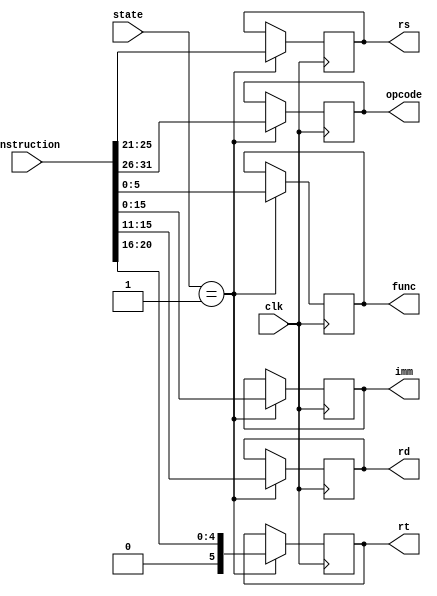
`timescale 1ns / 1ps

// Define states for the decode module
`define DECODE_STATE_INSTRUCTION_FETCH 0
`define DECODE_STATE_INSTRUCTION_DECODE 1
`define DECODE_STATE_REGISTER_FETCH 2
`define DECODE_STATE_EXECUTE 3
`define DECODE_STATE_MEMORY_ACCESS 4
`define DECODE_STATE_WRITE_BACK 5
`define DECODE_STATE_OUTPUT_RESULT 6

module decode(
    input clk,                // Clock signal
    input [2:0] state,        // Current state of the module
    input [31:0] instruction, // Input instruction to decode
    output reg [5:0] opcode,  // Output opcode
    output reg [4:0] rs,      // Output register source
    output reg [5:0] rt,      // Output register target
    output reg [4:0] rd,      // Output register destination
    output reg [15:0] imm,    // Output immediate value
    output reg [5:0] func     // Output function code
);

    // Decode instruction based on the current state
    always @ (posedge clk) begin
        if (state == `DECODE_STATE_INSTRUCTION_DECODE) begin
            rd <= instruction[15:11];    // Extract destination register
            imm <= instruction[15:0];    // Extract immediate value
            func <= instruction[5:0];    // Extract function code
            opcode <= instruction[31:26];// Extract opcode
            rs <= instruction[25:21];     // Extract source register
            rt <= instruction[20:16];     // Extract target register
        end
    end

endmodule